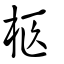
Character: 匶